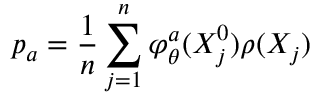
p _ { a } = \frac { 1 } { n } \sum _ { j = 1 } ^ { n } \varphi _ { \theta } ^ { a } ( X _ { j } ^ { 0 } ) \rho ( X _ { j } )